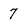
Character: 7